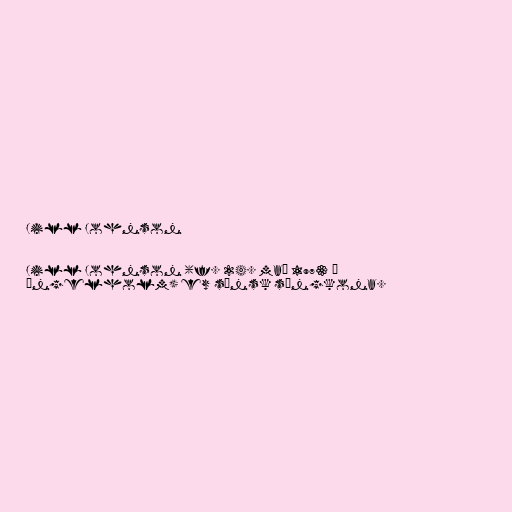
Jill Johnson

Jill Johnson (f. 24. maí 1973 í
Ängelholm) er sænsk söngkona.